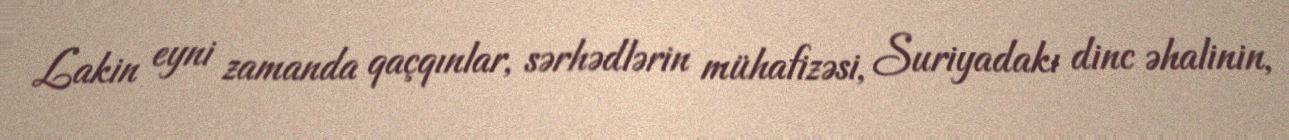
Lakin eyni zamanda qaçqınlar, sərhədlərin mühafizəsi, Suriyadakı dinc əhalinin,